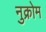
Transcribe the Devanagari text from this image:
नुक्रोम